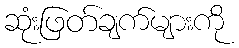
ဆုံးဖြတ်ချက်များကို